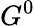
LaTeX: G^{0}